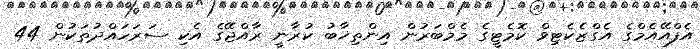
އެފްއޭއެމްގެ އެގްޒެކެޓިވް ކޮމެޓީގެ މެމްބަރުން އިންތިޚާބު ކުރާނީ ރާއްޖޭގެ އެކި ސަރަހައްދުތަކުން 44